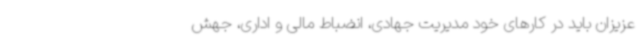
عزیزان باید در کارهای خود مدیریت جهادی، انضباط مالی و اداری، جهش